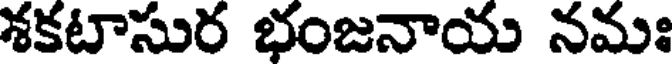
శకటాసుర భంజనాయ నమః